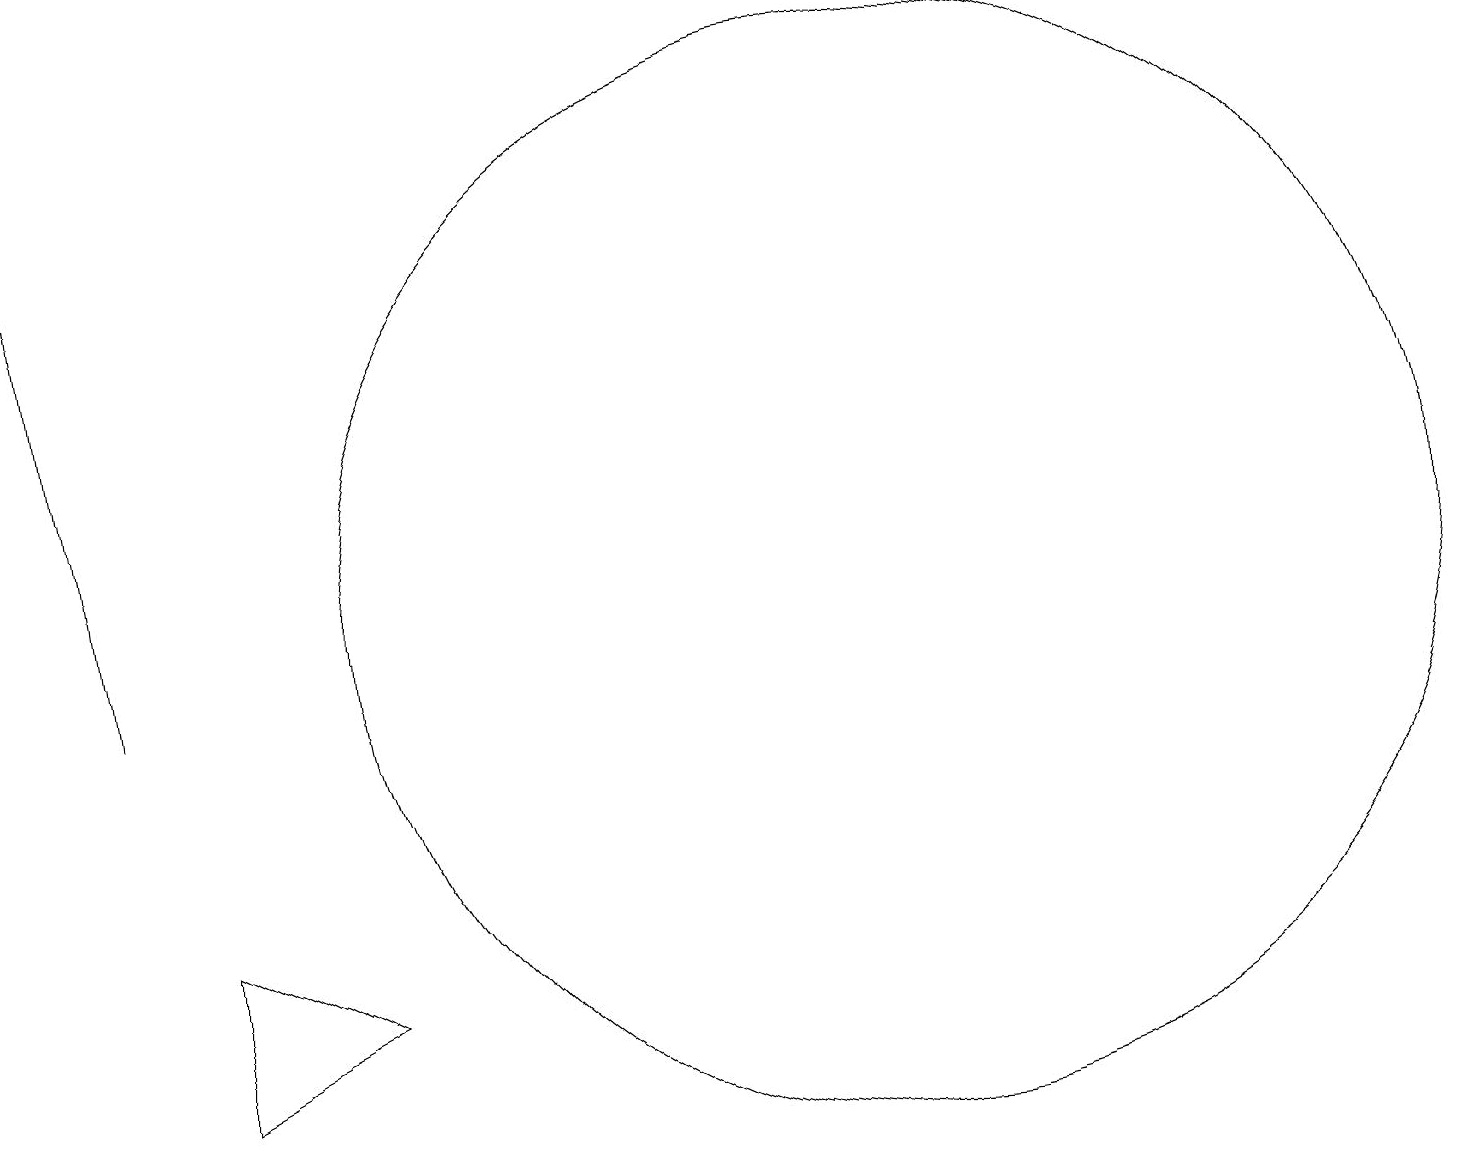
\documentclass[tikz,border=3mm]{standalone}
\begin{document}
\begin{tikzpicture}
\draw (3,7) -- (5,6) -- (3,5) -- cycle;
\draw[->] (2,10) -- (1,18);
\draw (12,11) circle (7);
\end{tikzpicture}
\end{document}